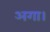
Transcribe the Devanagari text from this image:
अगा।